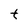
Character: t